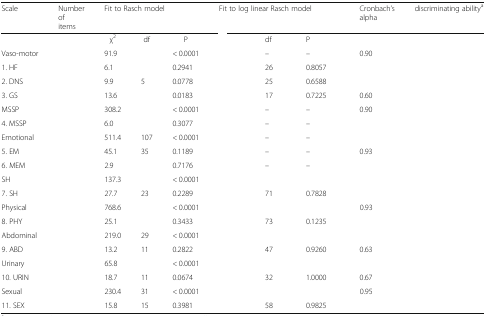
<table><thead><tr><td><b>Scale</b></td><td><b>Numberofitems</b></td><td colspan="3"><b>Fit to Rasch model</b></td><td colspan="3"><b>Fit to log linear Rasch model</b></td><td><b>Cronbach’salpha</b></td><td><b>discriminating ability<sup>a</sup></b></td></tr></thead><tbody><tr><td>[EMPTY_CELL]</td><td>[EMPTY_CELL]</td><td>χ<sup>2</sup></td><td>df</td><td>P</td><td>[EMPTY_CELL]</td><td>df</td><td>P</td><td>[EMPTY_CELL]</td><td rowspan="2">[EMPTY_CELL]</td></tr><tr><td>Vaso-motor</td><td>[EMPTY_CELL]</td><td>91.9</td><td>[EMPTY_CELL]</td><td>&lt; 0.0001</td><td>[EMPTY_CELL]</td><td>–</td><td>–</td><td>0.90</td></tr><tr><td>1. HF</td><td>[EMPTY_CELL]</td><td>6.1</td><td>[EMPTY_CELL]</td><td>0.2941</td><td>[EMPTY_CELL]</td><td>26</td><td>0.8057</td><td>[EMPTY_CELL]</td><td>[EMPTY_CELL]</td></tr><tr><td>2. DNS</td><td>[EMPTY_CELL]</td><td>9.9</td><td>5</td><td>0.0778</td><td>[EMPTY_CELL]</td><td>25</td><td>0.6588</td><td>[EMPTY_CELL]</td><td>[EMPTY_CELL]</td></tr><tr><td>3. GS</td><td>[EMPTY_CELL]</td><td>13.6</td><td>[EMPTY_CELL]</td><td>0.0183</td><td>[EMPTY_CELL]</td><td>17</td><td>0.7225</td><td>0.60</td><td>[EMPTY_CELL]</td></tr><tr><td>MSSP</td><td>[EMPTY_CELL]</td><td>308.2</td><td>[EMPTY_CELL]</td><td>&lt; 0.0001</td><td>[EMPTY_CELL]</td><td>–</td><td>–</td><td>0.90</td><td>[EMPTY_CELL]</td></tr><tr><td>4. MSSP</td><td>[EMPTY_CELL]</td><td>6.0</td><td>[EMPTY_CELL]</td><td>0.3077</td><td>[EMPTY_CELL]</td><td>–</td><td>–</td><td>[EMPTY_CELL]</td><td>[EMPTY_CELL]</td></tr><tr><td>Emotional</td><td>[EMPTY_CELL]</td><td>511.4</td><td>107</td><td>&lt; 0.0001</td><td>[EMPTY_CELL]</td><td>–</td><td>–</td><td>[EMPTY_CELL]</td><td>[EMPTY_CELL]</td></tr><tr><td>5. EM</td><td>[EMPTY_CELL]</td><td>45.1</td><td>35</td><td>0.1189</td><td>[EMPTY_CELL]</td><td>–</td><td>–</td><td>0.93</td><td>[EMPTY_CELL]</td></tr><tr><td>6. MEM</td><td>[EMPTY_CELL]</td><td>2.9</td><td>[EMPTY_CELL]</td><td>0.7176</td><td>[EMPTY_CELL]</td><td>–</td><td>–</td><td>[EMPTY_CELL]</td><td>[EMPTY_CELL]</td></tr><tr><td>SH</td><td>[EMPTY_CELL]</td><td>137.3</td><td>[EMPTY_CELL]</td><td>&lt; 0.0001</td><td>[EMPTY_CELL]</td><td>[EMPTY_CELL]</td><td>[EMPTY_CELL]</td><td>[EMPTY_CELL]</td><td>[EMPTY_CELL]</td></tr><tr><td>7. SH</td><td>[EMPTY_CELL]</td><td>27.7</td><td>23</td><td>0.2289</td><td>[EMPTY_CELL]</td><td>71</td><td>0.7828</td><td>[EMPTY_CELL]</td><td>[EMPTY_CELL]</td></tr><tr><td>Physical</td><td>[EMPTY_CELL]</td><td>768.6</td><td>[EMPTY_CELL]</td><td>&lt; 0.0001</td><td>[EMPTY_CELL]</td><td>[EMPTY_CELL]</td><td>[EMPTY_CELL]</td><td>0.93</td><td>[EMPTY_CELL]</td></tr><tr><td>8. PHY</td><td>[EMPTY_CELL]</td><td>25.1</td><td>[EMPTY_CELL]</td><td>0.3433</td><td>[EMPTY_CELL]</td><td>73</td><td>0.1235</td><td>[EMPTY_CELL]</td><td>[EMPTY_CELL]</td></tr><tr><td>Abdominal</td><td>[EMPTY_CELL]</td><td>219.0</td><td>29</td><td>&lt; 0.0001</td><td>[EMPTY_CELL]</td><td>[EMPTY_CELL]</td><td>[EMPTY_CELL]</td><td>[EMPTY_CELL]</td><td>[EMPTY_CELL]</td></tr><tr><td>9. ABD</td><td>[EMPTY_CELL]</td><td>13.2</td><td>11</td><td>0.2822</td><td>[EMPTY_CELL]</td><td>47</td><td>0.9260</td><td>0.63</td><td>[EMPTY_CELL]</td></tr><tr><td>Urinary</td><td>[EMPTY_CELL]</td><td>65.8</td><td>[EMPTY_CELL]</td><td>&lt; 0.0001</td><td>[EMPTY_CELL]</td><td>[EMPTY_CELL]</td><td>[EMPTY_CELL]</td><td>[EMPTY_CELL]</td><td>[EMPTY_CELL]</td></tr><tr><td>10. URIN</td><td>[EMPTY_CELL]</td><td>18.7</td><td>11</td><td>0.0674</td><td>[EMPTY_CELL]</td><td>32</td><td>1.0000</td><td>0.67</td><td>[EMPTY_CELL]</td></tr><tr><td>Sexual</td><td>[EMPTY_CELL]</td><td>230.4</td><td>31</td><td>&lt; 0.0001</td><td>[EMPTY_CELL]</td><td>[EMPTY_CELL]</td><td>[EMPTY_CELL]</td><td>0.95</td><td>[EMPTY_CELL]</td></tr><tr><td>11. SEX</td><td>[EMPTY_CELL]</td><td>15.8</td><td>15</td><td>0.3981</td><td>[EMPTY_CELL]</td><td>58</td><td>0.9825</td><td>[EMPTY_CELL]</td><td>[EMPTY_CELL]</td></tr></tbody></table>